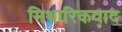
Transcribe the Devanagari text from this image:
मिथारिकवाद